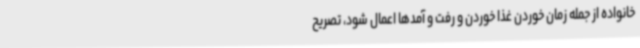
خانواده از جمله زمان خوردن غذا خوردن و رفت‌ و آمدها اعمال شود، تصریح